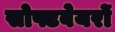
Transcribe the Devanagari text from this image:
सोफ्टवेयरों